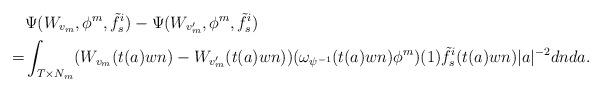
LaTeX: \begin{align*}&\Psi(W_{v_m},\phi^m,\tilde f_s^i)-\Psi(W_{v_m'}, \phi^m, \tilde f_s^i)\\=& \int_{T\times N_m}( W_{v_m}(t(a)wn)-W_{v_m'}(t(a)wn))(\omega_{\psi^{-1}}(t(a)wn)\phi^m)(1)\tilde f_s^i(t(a)wn)|a|^{-2}dn da.\end{align*}